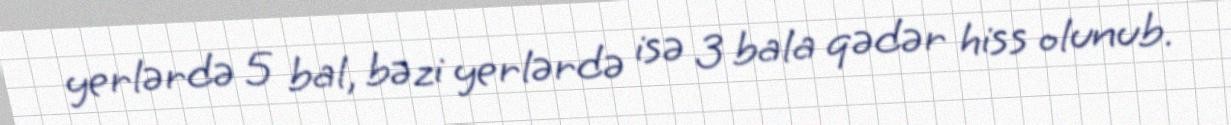
yerlərdə 5 bal, bəzi yerlərdə isə 3 bala qədər hiss olunub.